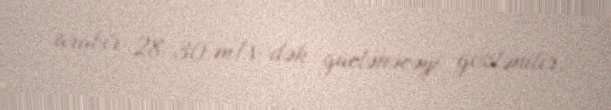
arabir 28-30 m/s-dək güclənəcəyi gözlənilir.